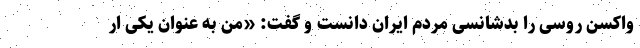
واکسن روسی را بدشانسی مردم ایران دانست و گفت: «من به عنوان یکی ار